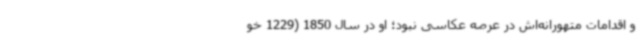
و اقدامات متهورانه‌اش در عرصه عکاسی نبود؛ او در سال 1850 (1229 خو